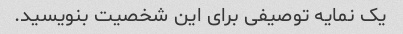
یک نمایه توصیفی برای این شخصیت بنویسید.